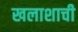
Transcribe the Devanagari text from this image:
खलाशाची